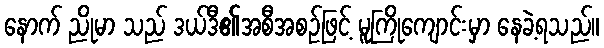
နောက် ညိုမာ သည် ဒယ်ဒီ၏အစီအစဉ်ဖြင့် မူကြိုကျောင်းမှာ နေခဲ့ရသည်။